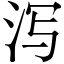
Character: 泻